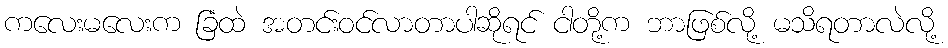
ကလေးမလေးက ခြံထဲ အတင်းဝင်လာတာပါဆိုရင် ငါတို့က ဘာဖြစ်လို့ မသိရတာလဲလို့